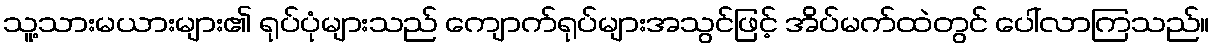
သူ့သားမယားများ၏ ရုပ်ပုံများသည် ကျောက်ရုပ်များအသွင်ဖြင့် အိပ်မက်ထဲတွင် ပေါ်လာကြသည်။